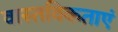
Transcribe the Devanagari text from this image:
वास्तविकताएं